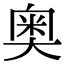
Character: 奥